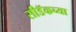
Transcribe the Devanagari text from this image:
सीडॅकच्या